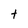
Character: t